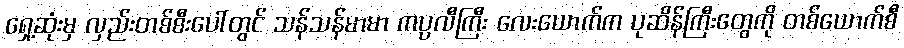
ရှေ့ဆုံးမှ လှည်းတစ်စီးပေါ်တွင် သန်သန်မာမာ ကပ္ပလီကြီး လေးယောက်က ပုဆိန်ကြီးတွေကို တစ်ယောက်စီ